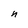
Character: n